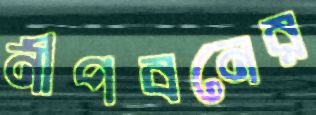
নীপবনের